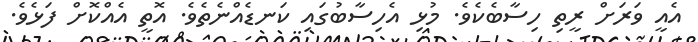
އެއީ ވަރަށް ރީތި ހިސާބެކެވެ. މުޅި އެހިސާބުގައި ކަނޑެއްނެތެވެ. އޮތީ އެއްކޮށް ފަޅެވެ.